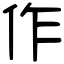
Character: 作